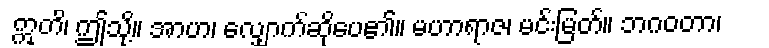
ဣတိ၊ ဤသို့။ အာဟ၊ လျှောက်ဆိုပေ၏။ မဟာရာဇ၊ မင်းမြတ်။ ဘဂဝတာ၊